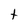
Character: t